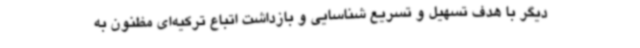
دیگر با هدف تسهیل و تسریع شناسایی و بازداشت اتباع ترکیه‌ای مظنون به